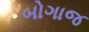
બોગાજ